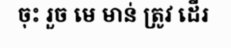
ចុះ រួច មេ មាន់ ត្រូវ ដើរ